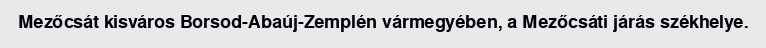
Mezőcsát kisváros Borsod-Abaúj-Zemplén vármegyében, a Mezőcsáti járás székhelye.